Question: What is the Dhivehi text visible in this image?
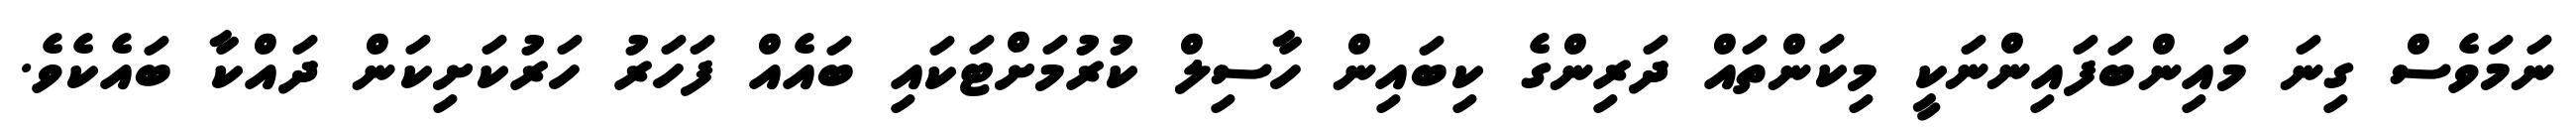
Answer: ނަމަވެސް ގިނަ މައިންބަފައިންނަކީ މިކަންތައް ދަރިންގެ ކިބައިން ހާސިލް ކުރުމަށްޓަކައި ބައެއް ފަހަރު ހަރުކަށިކަން ދައްކާ ބައެކެވެ.